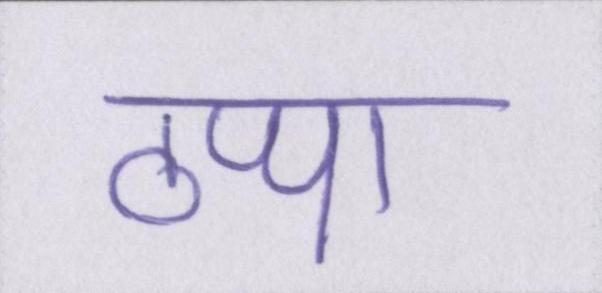
ठप्पा